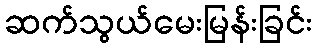
ဆက်သွယ်မေးမြန်းခြင်း